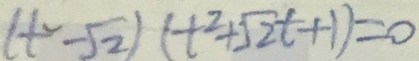
( t ^ { 2 } - \sqrt { 2 } ) ( t ^ { 2 } + \sqrt { 2 } t + 1 ) = 0